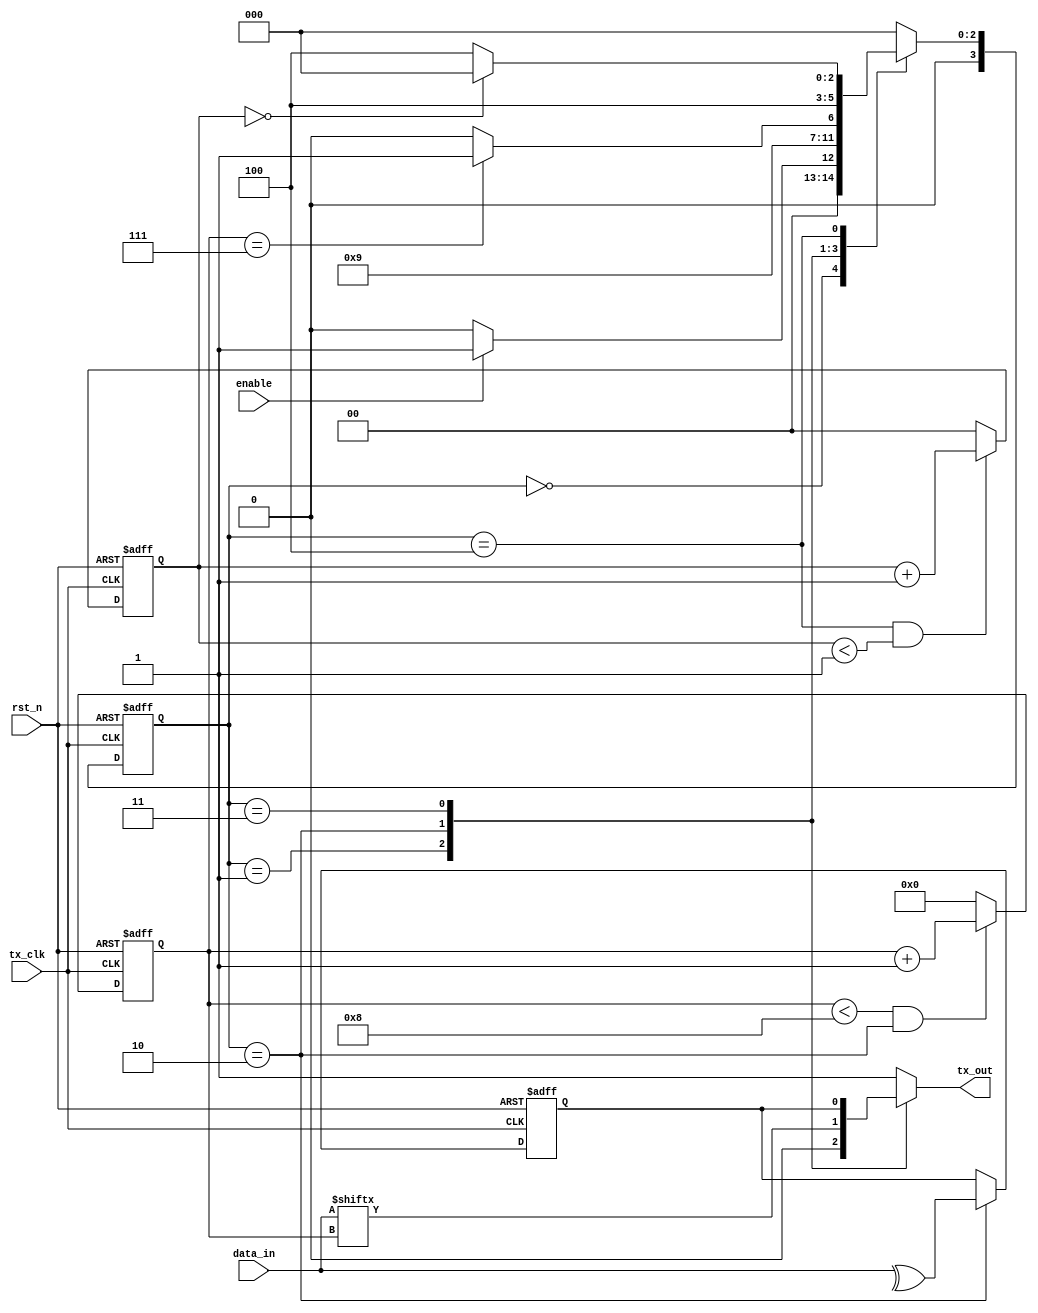
//uart
//
//data_infifoenable
//
module tx 
#(parameter data_width = 8,//
parameter test = 2,//
parameter stop_width = 1)//1
(
input tx_clk,
input rst_n,
input [data_width-1:0] data_in,
input enable,
output reg tx_out);

localparam IDLE = 3'b000;
localparam S1 	 = 3'b001;//
localparam S2	 = 3'b010;
localparam S3 	 = 3'b011;
localparam S4   = 3'b100;

reg [3:0] state, nstate;
reg [3:0] count_data;//
reg [1:0] count_stop;//
reg check_bit;

//
always@(posedge tx_clk or negedge rst_n)
	if(!rst_n)
		state <= IDLE;
	else
		state <= nstate;

//
always@(*)
	begin
	case(state)
	IDLE: nstate = (enable ? S1 : IDLE);//enable
	S1:		nstate =  S2 ;
	S2:		nstate = (test == 'b0 && count_data == (data_width - 1)? S4 : count_data == (data_width - 1)? S3 : S2); 
	S3:		nstate =  S4 ;
	S4:		nstate = count_stop == (stop_width - 1) ? IDLE : S4 ;//count_datacount_stop
	default: nstate = IDLE;
	endcase
	end
	
//
always@(*)
	case(state)
		IDLE : tx_out = 1'b1;
		S1 : tx_out = 1'b0;
		S2 : tx_out = data_in[count_data]; //
		S3 : tx_out = check_bit;
		S4 : tx_out = 1'b1;
	default : tx_out = 1'b1;
	endcase

//S2
always@(posedge tx_clk or negedge rst_n)
	if(!rst_n)
		count_data <= 4'b0000;
	else if (count_data < data_width && state == S2)
		count_data <= count_data + 1'b1;
	else 
		count_data <= 4'b0000;

//UART
always@(posedge tx_clk or negedge rst_n)
	begin
	if(!rst_n)	
		check_bit <= 1'b0;
	else if (state == S2)
		case(test)
		2'b00 : check_bit <= 1'b0;
		2'b01 : check_bit <= !(^data_in);
		2'b10 : check_bit <= (^data_in);
		default:check_bit <= 1'b0;
		endcase
	else check_bit <= check_bit;
	end

//UART
always@(posedge tx_clk or negedge rst_n)
	begin
		if(!rst_n)
			count_stop <= 2'b00;
		else if( state == S4 && count_stop <stop_width)
			count_stop <= count_stop + 1'b1;
		else 
			count_stop <= 2'b00;
	end

endmodule